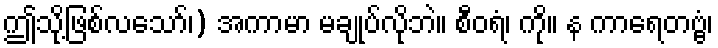
ဤသို့ဖြစ်လသော်၊) အကာမာ မချုပ်လိုဘဲ။ စီဝရံ၊ ကို။ န ကာရေတဗ္ဗံ၊